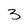
Character: 3